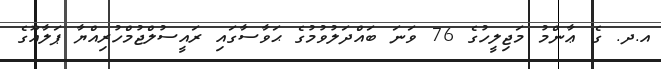
އ.ދ. ގެ ޢާންމު މަޖިލީހުގެ 76 ވަނަ ބައްދަލުވުމުގެ ޙަވާސާގައި ރައީސުލްޖުމްހުރިއްޔާ ޕަލާއޫގެ